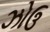
ઝોઉ